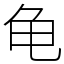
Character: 龟